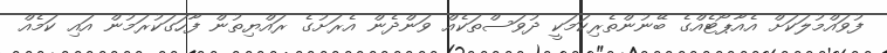
ފުވައްމުލަކަށް އެއާޕޯޓެއްގެ ބޭނުންތެރިކަމަކީ ދުވަސްތަކެއް ވަންދެން އެރަށުގެ ރައްޔިތުން ފާހަގަކުރަމުން އައި ކަމެއް